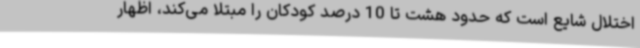
اختلال شایع است که حدود هشت تا 10 درصد کودکان را مبتلا می‌کند، اظهار